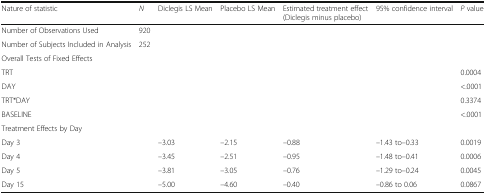
<table><thead><tr><td><b>Nature of statistic</b></td><td><b><i>N</i></b></td><td><b>Diclegis LS Mean</b></td><td><b>Placebo LS Mean</b></td><td><b>Estimated treatment effect (Diclegis minus placebo)</b></td><td><b>95% confidence interval</b></td><td><b><i>P</i> value</b></td></tr></thead><tbody><tr><td>Number of Observations Used</td><td>920</td><td></td><td></td><td></td><td></td><td></td></tr><tr><td>Number of Subjects Included in Analysis</td><td>252</td><td></td><td></td><td></td><td></td><td></td></tr><tr><td colspan="7">Overall Tests of Fixed Effects</td></tr><tr><td>TRT</td><td></td><td></td><td></td><td></td><td></td><td>0.0004</td></tr><tr><td>DAY</td><td></td><td></td><td></td><td></td><td></td><td>&lt;.0001</td></tr><tr><td>TRT*DAY</td><td></td><td></td><td></td><td></td><td></td><td>0.3374</td></tr><tr><td>BASELINE</td><td></td><td></td><td></td><td></td><td></td><td>&lt;.0001</td></tr><tr><td colspan="7">Treatment Effects by Day</td></tr><tr><td>Day 3</td><td></td><td>–3.03</td><td>–2.15</td><td>–0.88</td><td>–1.43 to–0.33</td><td>0.0019</td></tr><tr><td>Day 4</td><td></td><td>–3.45</td><td>–2.51</td><td>–0.95</td><td>–1.48 to–0.41</td><td>0.0006</td></tr><tr><td>Day 5</td><td></td><td>–3.81</td><td>–3.05</td><td>–0.76</td><td>–1.29 to–0.24</td><td>0.0045</td></tr><tr><td>Day 15</td><td></td><td>–5.00</td><td>–4.60</td><td>–0.40</td><td>–0.86 to 0.06</td><td>0.0867</td></tr></tbody></table>